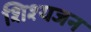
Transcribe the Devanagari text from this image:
शिश्यजन